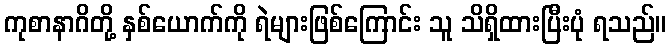
ကုစာနာဂိတို့ နှစ်ယောက်ကို ရဲများဖြစ်ကြောင်း သူ သိရှိထားပြီးပုံ ရသည်။